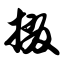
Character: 掇